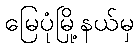
မြေပုံမြို့နယ်မှ